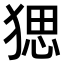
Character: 𤟧